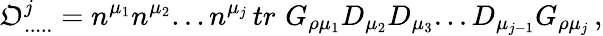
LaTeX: \mathfrak{O}_{.....}^{j}=n^{\mu_{1}}n^{\mu_{2}}...n^{\mu_{j}}\, tr\, \, G_{\rho\mu_{1}}D_{\mu_{2}}D_{\mu_{3}}...D_{\mu_{j-1}}G_{\rho\mu_{j}}\, ,